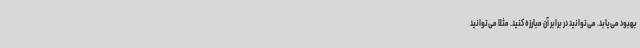
بهبود می‌یابد. می‌توانید در برابر آن مبارزه کنید. مثلاً می‌توانید